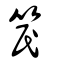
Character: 笢